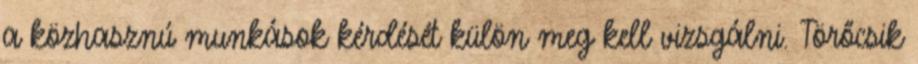
a közhasznú munkások kérdését külön meg kell vizsgálni. Törőcsik